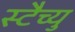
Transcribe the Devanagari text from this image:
स्टैच्यु